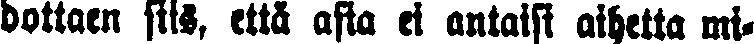
dottaen siis, että asia ei antaisi aihetta mi-